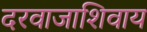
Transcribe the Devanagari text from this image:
दरवाजाशिवाय